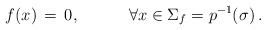
\begin{align*}f(x) \,=\, 0, \hspace{3em} \forall x \in \Sigma_{f}=p^{ -1}({\sigma})\,.\end{align*}